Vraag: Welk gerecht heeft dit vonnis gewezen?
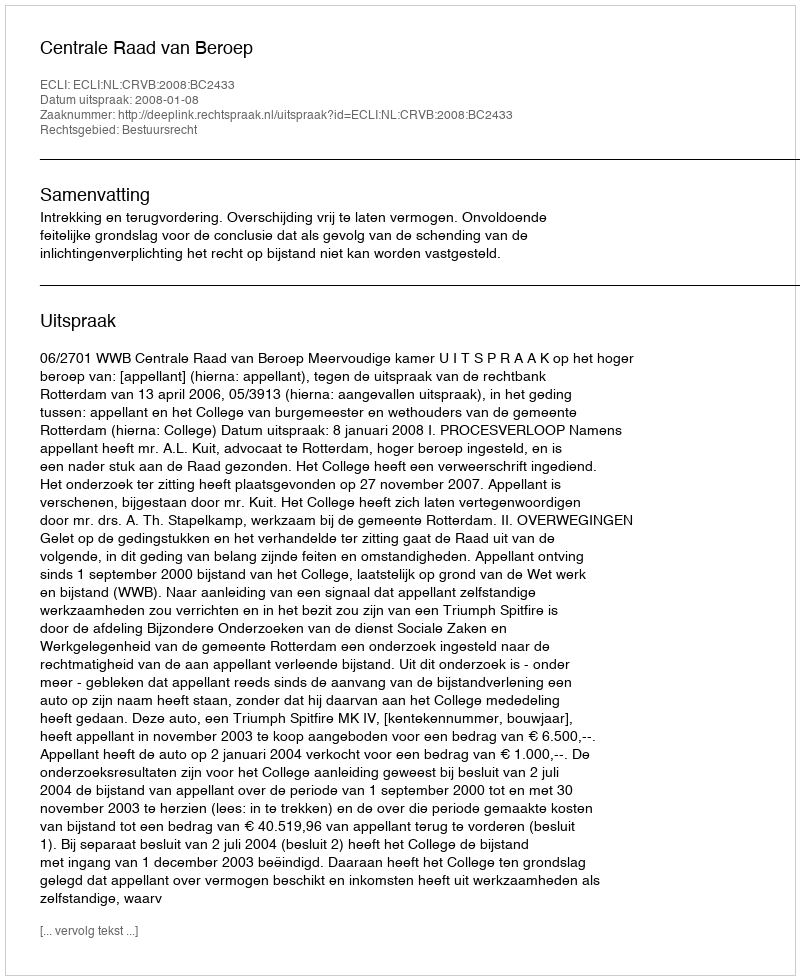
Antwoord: Centrale Raad van Beroep